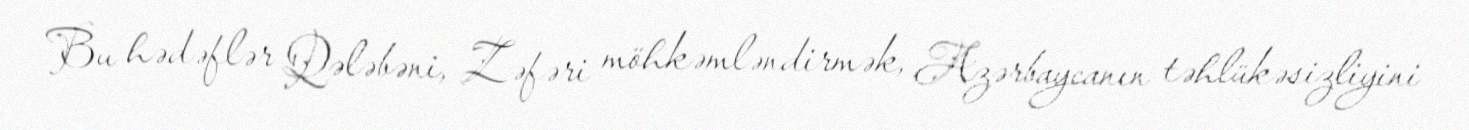
Bu hədəflər Qələbəni, Zəfəri möhkəmləndirmək, Azərbaycanın təhlükəsizliyini